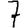
Digit: 7